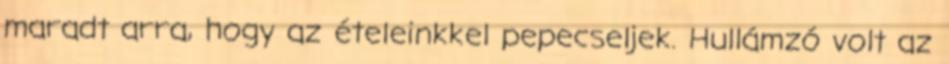
maradt arra, hogy az ételeinkkel pepecseljek. Hullámzó volt az